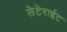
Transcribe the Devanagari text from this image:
लेटेराईट